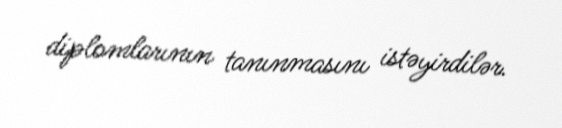
diplomlarının tanınmasını istəyirdilər.